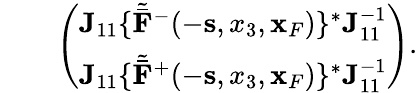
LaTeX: \begin{array}{rlr}&{}&{\left(\begin{array}{l}{{\mathbf J}_{11}\{ {\tilde{\bar{\mathbf F}}}^{-}(-{\mathbf s},x_{3},{\mathbf x}_{F})\} ^{*}{\mathbf J}_{11}^{-1}}\\ {{\mathbf J}_{11}\{ {\tilde{\bar{\mathbf F}}}^{+}(-{\mathbf s},x_{3},{\mathbf x}_{F})\} ^{*}{\mathbf J}_{11}^{-1}}\end{array}\right).}\end{array}